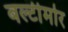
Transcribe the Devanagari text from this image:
बल्टीमोर